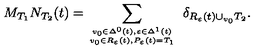
M _ { T _ { 1 } } N _ { T _ { 2 } } ( t ) = \sum _ { { v _ { 0 } \in \Delta ^ { 0 } ( t ) , \varepsilon \in \Delta ^ { 1 } ( t ) \atop v _ { 0 } \in R _ { \varepsilon } ( t ) , P _ { \varepsilon } ( t ) = T _ { 1 } } } \ \delta _ { R _ { \varepsilon } ( t ) \cup _ { v _ { 0 } } T _ { 2 } } .